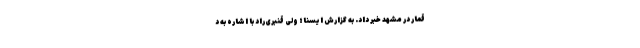
قمار در مشهد خبر داد. به گزارش ایسنا؛ ولی قنبری‌راد با اشاره به د